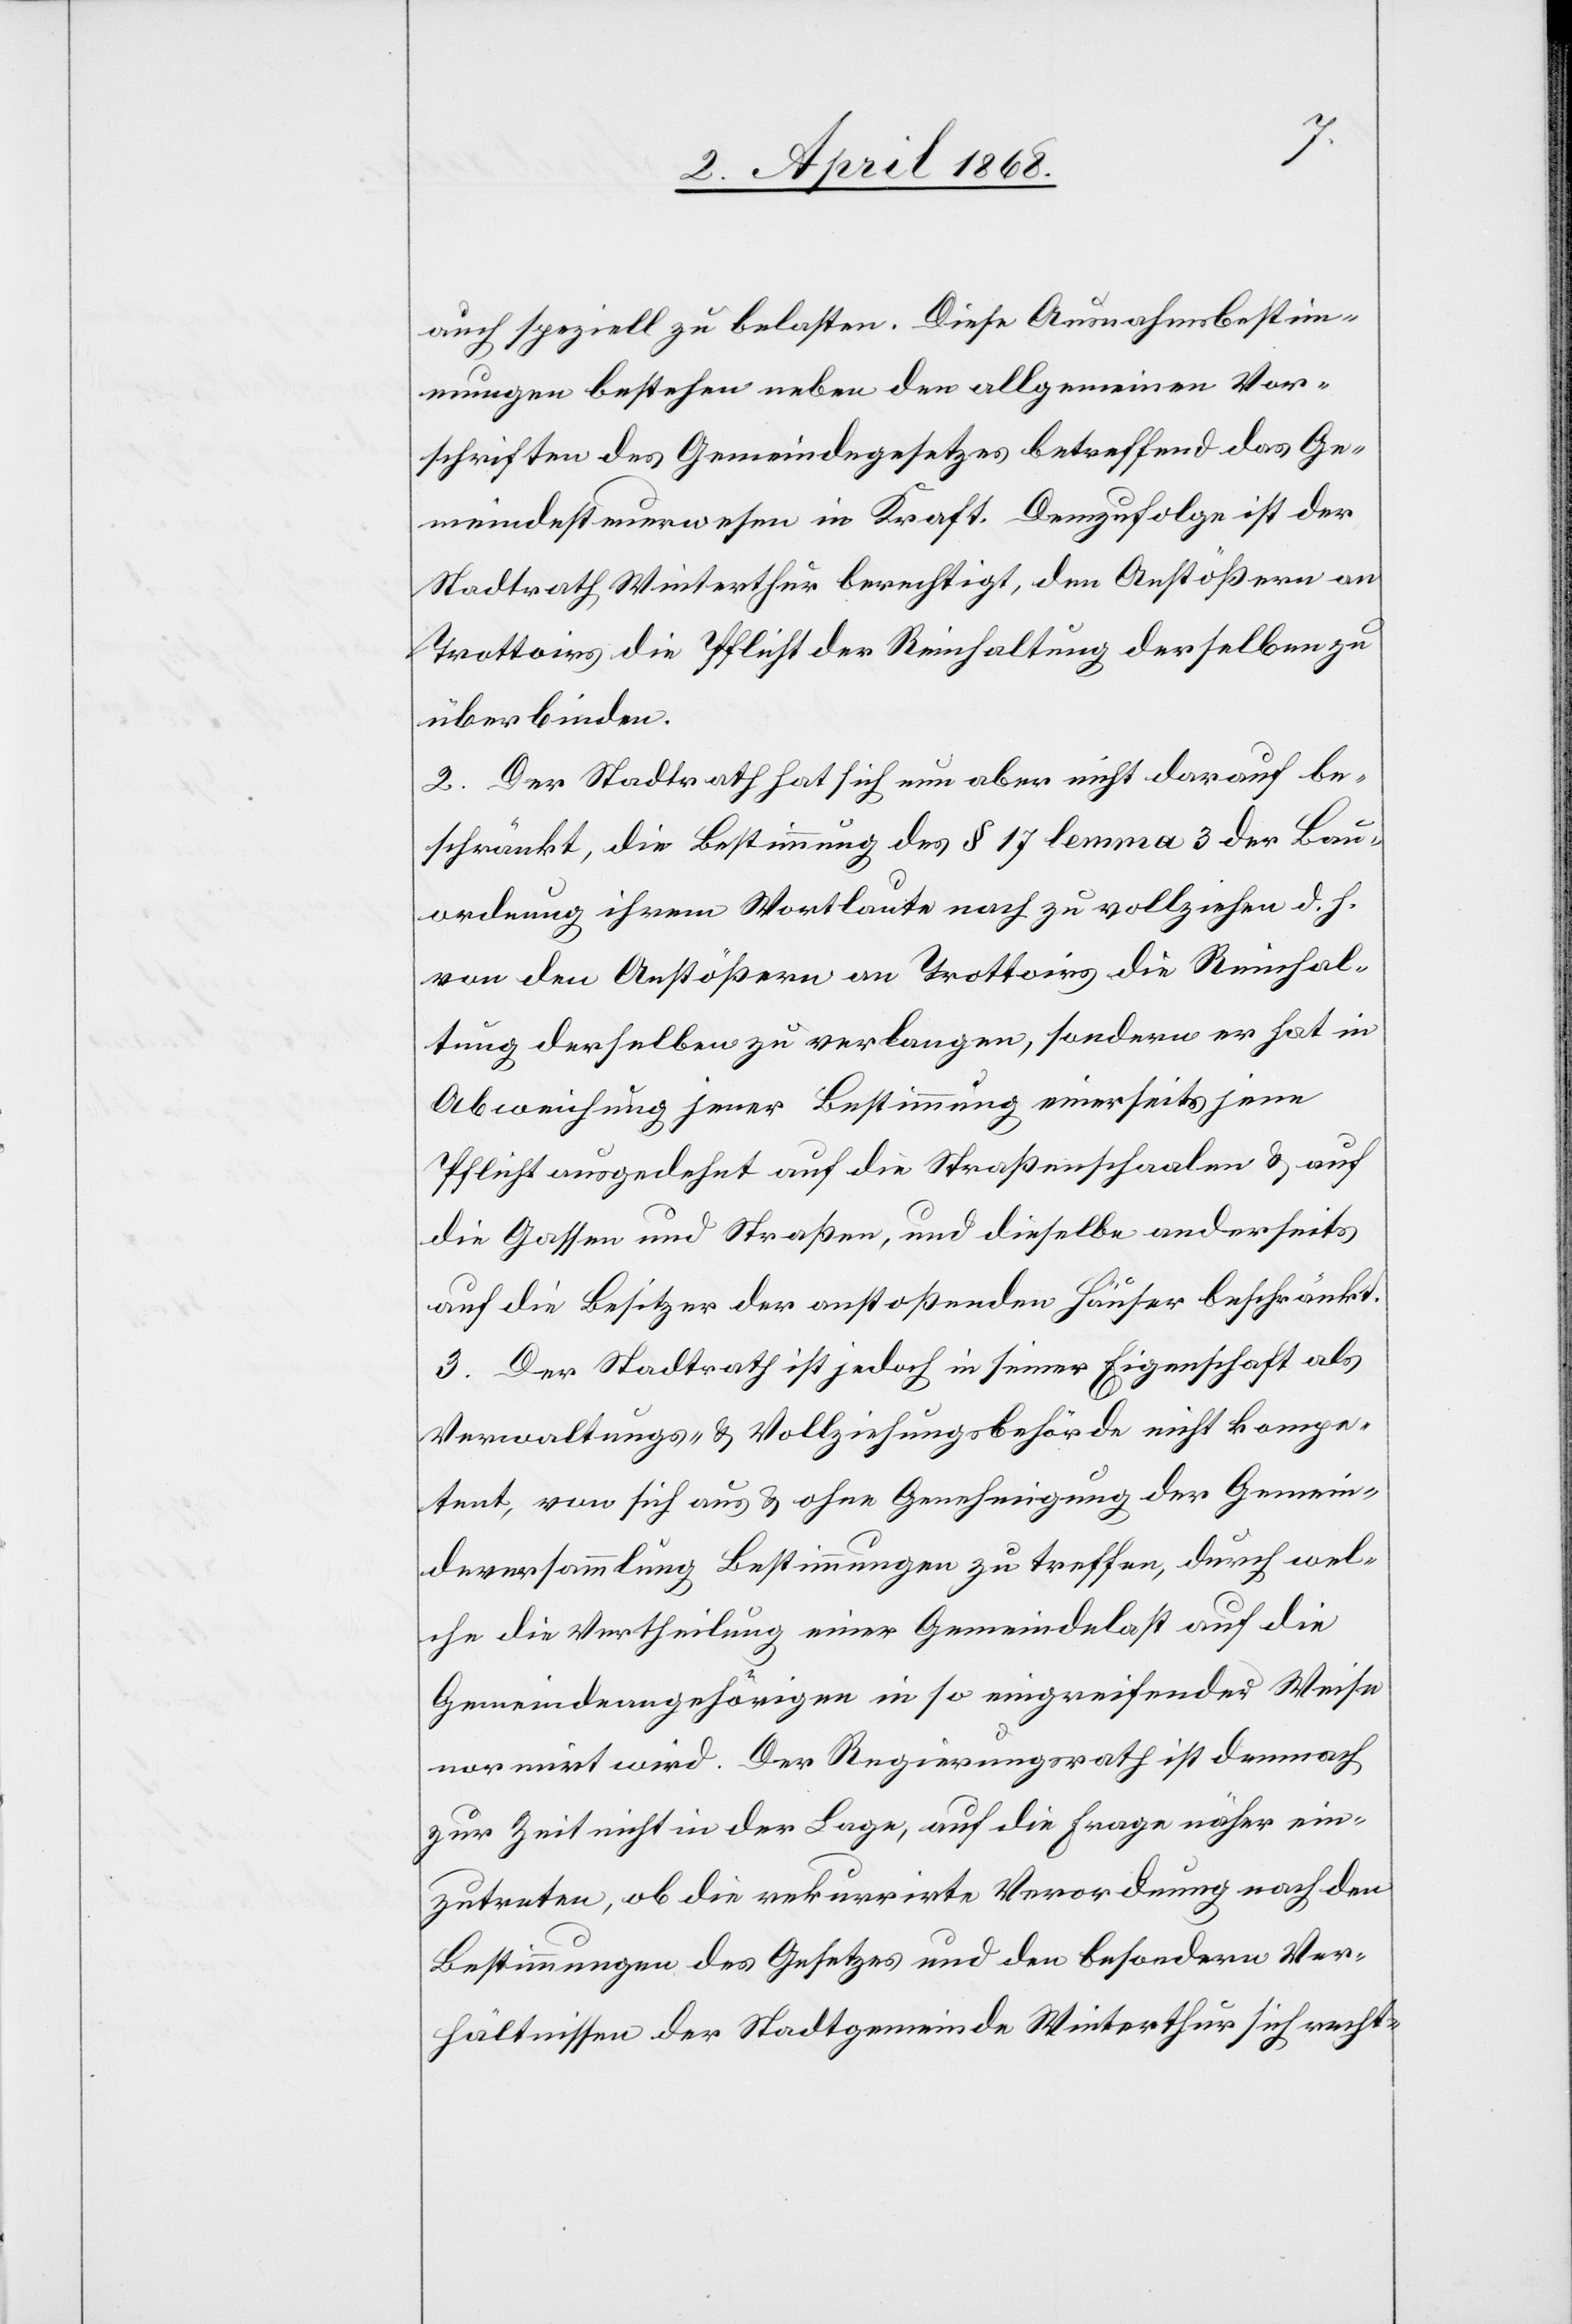
auch speziell zu belasten. Diese Ausnahmsbestim¬
mungen bestehen neben den allgemeinen Vor¬
schriften des Gemeindegesetzes betreffend das Ge¬
meindesteuerwesen in Kraft. Demzufolge ist der
Stadtrath Winterthur berechtigt, den Anstößern an
Trottoirs die Pflicht der Reinhaltung derselben zu
überbinden.
2. Der Stadtrath hat sich nun aber nicht darauf be¬
schränkt, die Bestimmung des § 17 lemma 3 der Bau¬
ordnung ihrem Wortlaute nach zu vollziehen d. h.
von den Anstößern an Trottoirs die Reinhal¬
tung derselben zu verlangen, sondern er hat in
Abweichung jener Bestimmung einerseits jene
Pflicht ausgedehnt auf die Straßenschaalen & auf
die Gassen und Straßen, und dieselbe anderseits
auf die Besitzer der anstoßenden Häuser beschränkt.
3. Der Stadtrath ist jedoch in seiner Eigenschaft als
Verwaltungs- & Vollziehungsbehörde nicht kompe¬
tent, von sich aus & ohne Genehmigung der Gemein¬
deversammlung Bestimmungen zu treffen, durch wel¬
che die Vertheilung einer Gemeindelast auf die
Gemeindeangehörigen in so eingreifender Weise
normirt wird. Der Regierungsrath ist demnach
zur Zeit nicht in der Lage, auf die Frage näher ein¬
zutreten, ob die rekurrirte Verordnung nach den
Bestimmungen des Gesetzes und den besondern Ver¬
hältnissen der Stadtgemeinde Winterthur sich recht-